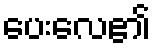
ပေးလေ၏